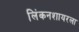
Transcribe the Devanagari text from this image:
लिंकनशायरला